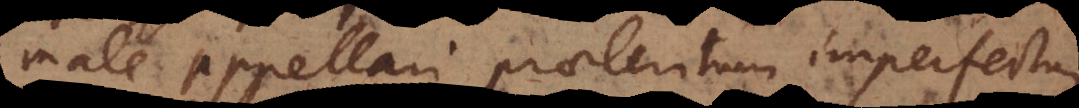
male appellari praeteritum imperfectum,